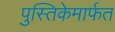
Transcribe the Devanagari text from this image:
पुस्तिकेमार्फत